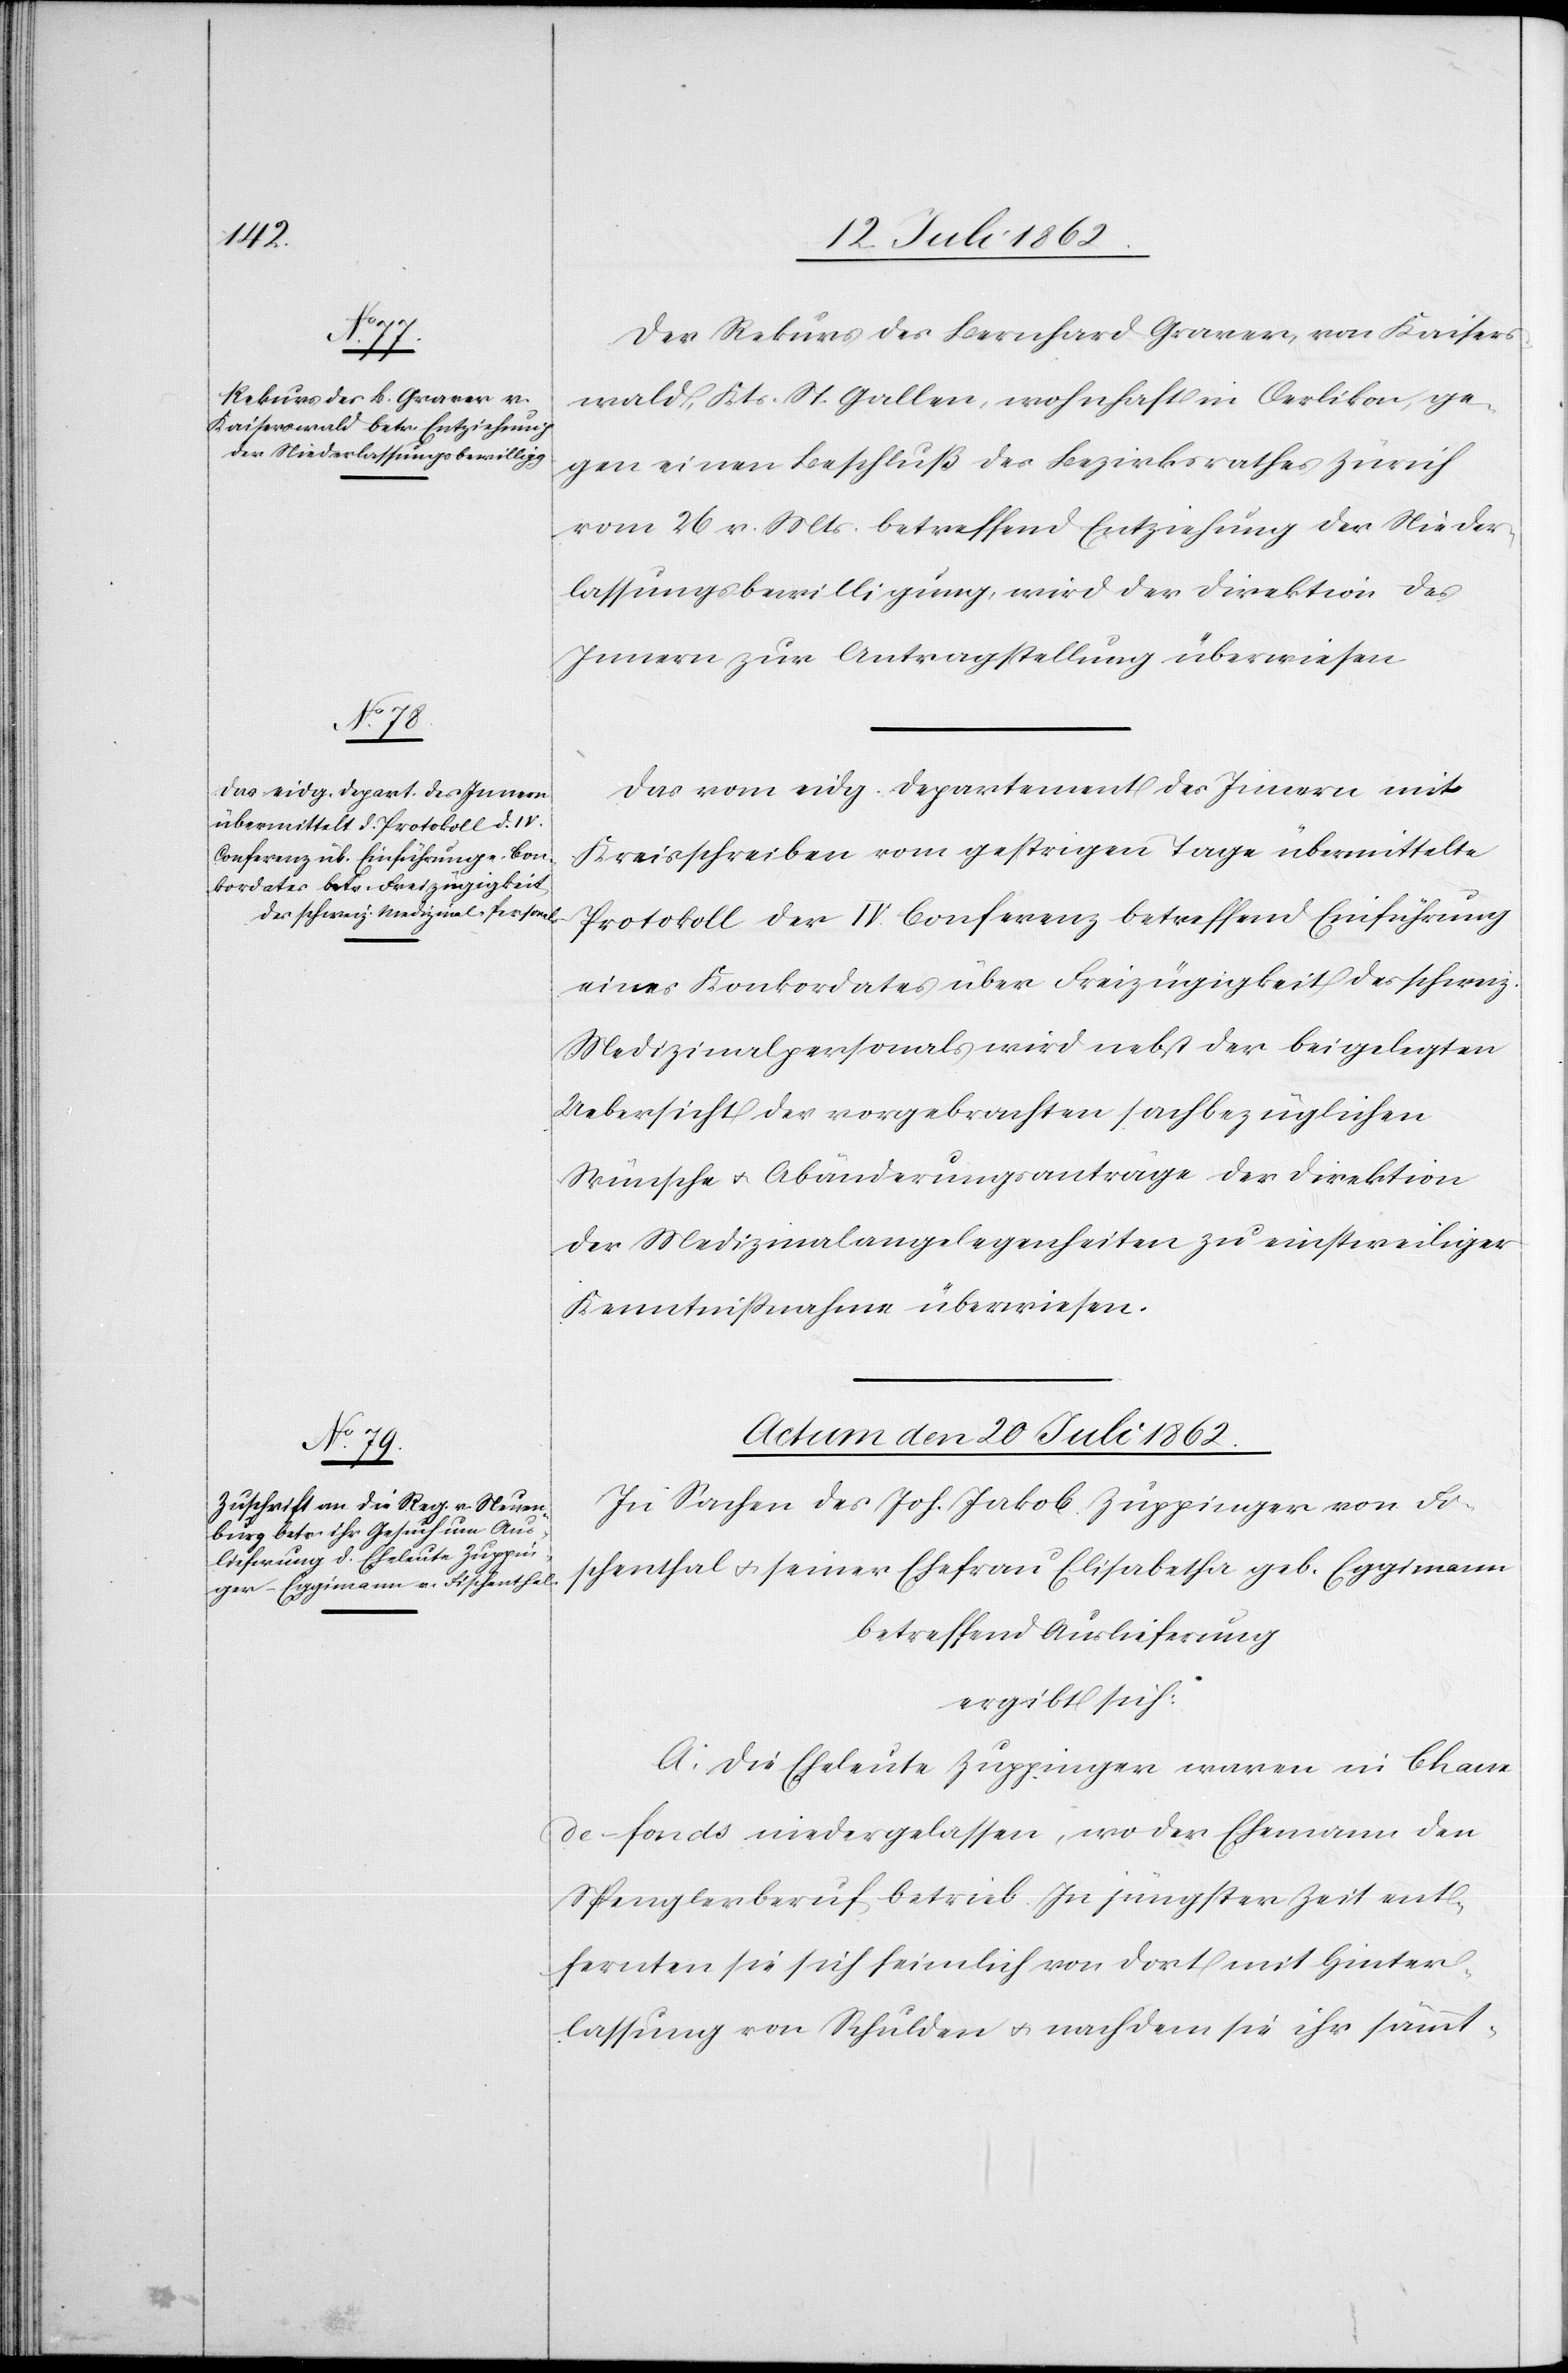
Der Rekurs des Bernhard Graver, von Kaisers¬
wald, Kts. St. Gallen, wohnhaft in Oerlikon, ge¬
gen einen Beschluß des Bezirksrathes Zürich
vom 26. v. Mts. betreffend Entziehung der Nieder¬
lassungsbewilligung wird der Direktion des
Innern zur Antragstellung überwiesen.
Das vom eidg. Departement des Innern mit
Kreisschreiben vom gestrigen Tage übermittelte
Protokoll der IV. Conferenz betreffend Einführung
eines Konkordates über Freizügigkeit des schweiz.
Medizinalpersonals wird nebst der beigelegten
Uebersicht der vorgebrachten sachbezüglichen
Wünsche u. Abänderungsanträge der Direktion
der Medizinalangelegenheiten zu einstweiliger
Kenntnißnahme überwiesen.
Actum den 20. Juli 1862.
In Sachen des Joh. Jakob Zuppinger von Fi¬
schenthal u. seiner Ehefrau Elisabetha geb. Eggimann
betreffend Auslieferung:
ergibt sich:
A. Die Eheleute Zuppinger waren in Chaux-d¬
e-fonds niedergelassen, wo der Ehemann den
Spenglerberuf betrieb. In jüngster Zeit ent¬
fernten sie sich heimlich von dort mit Hinter¬
lassung von Schulden u. nachdem sie ihr sämmt-